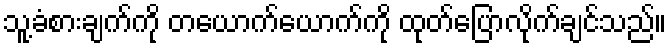
သူ့ခံစားချက်ကို တယောက်ယောက်ကို ထုတ်ပြောလိုက်ချင်သည်။